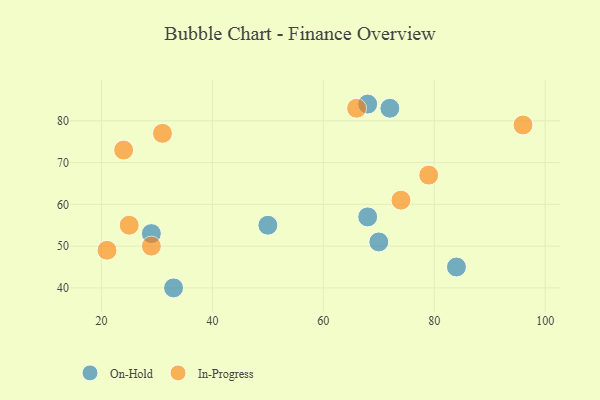
{"axis": {"x": "GDP", "y": "Life Expectancy"}, "legend": ["In-Progress", "On-Hold"], "data": [{"x": "84", "y": 45, "type": "On-Hold"}, {"x": "72", "y": 83, "type": "On-Hold"}, {"x": "70", "y": 51, "type": "On-Hold"}, {"x": "29", "y": 53, "type": "On-Hold"}, {"x": "68", "y": 57, "type": "On-Hold"}, {"x": "33", "y": 40, "type": "On-Hold"}, {"x": "50", "y": 55, "type": "On-Hold"}, {"x": "68", "y": 84, "type": "On-Hold"}, {"x": "79", "y": 67, "type": "In-Progress"}, {"x": "66", "y": 83, "type": "In-Progress"}, {"x": "21", "y": 49, "type": "In-Progress"}, {"x": "96", "y": 79, "type": "In-Progress"}, {"x": "29", "y": 50, "type": "In-Progress"}, {"x": "31", "y": 77, "type": "In-Progress"}, {"x": "74", "y": 61, "type": "In-Progress"}, {"x": "25", "y": 55, "type": "In-Progress"}, {"x": "24", "y": 73, "type": "In-Progress"}]}